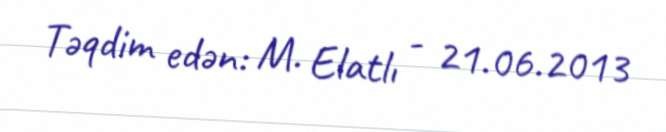
Təqdim edən: M. Elatlı - 21.06.2013